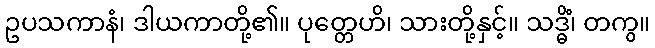
ဥပသကာနံ၊ ဒါယကာတို့၏။ ပုတ္တေဟိ၊ သားတို့နှင့်။ သဒ္ဓိံ၊ တကွ။